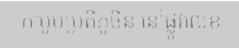
កាបូបប្រតិភូចិន នៅផ្លូវលេខ